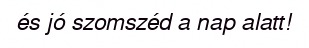
és jó szomszéd a nap alatt!